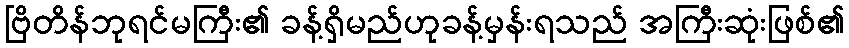
ဗြိတိန်ဘုရင်မကြီး၏ ခန့်ရှိမည်ဟုခန့်မှန်းရသည် အကြီးဆုံးဖြစ်၏